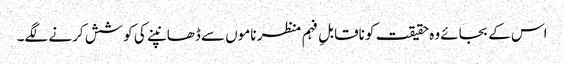
اس کے بجائے وہ حقیقت کو ناقابلِ فہم منظر ناموں سے ڈھانپنے کی کوشش کرنے لگے۔